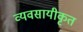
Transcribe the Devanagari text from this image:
व्यवसायीकृत